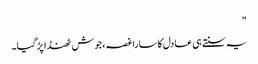
"
یہ سنتے ہی عادل کا سارا غصہ، جوش ٹھنڈا پڑ گیا۔